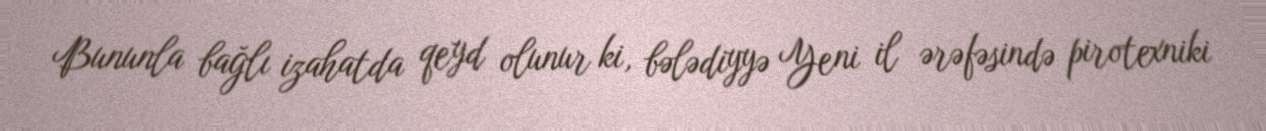
Bununla bağlı izahatda qeyd olunur ki, bələdiyyə Yeni il ərəfəsində pirotexniki